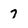
Character: 7